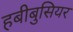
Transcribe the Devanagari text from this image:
हबीबुसियर